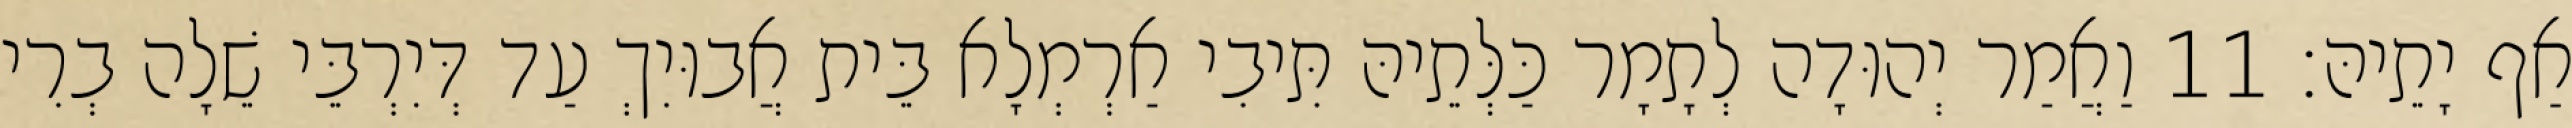
אַף יָתֵיהּ׃ 11 וַאֲמַר יְהוּדָה לְתָמָר כַּלְּתֵיהּ תִּיבִי אַרְמְלָא בֵּית אֲבוּיִךְ עַד דְּיִרְבֵּי שֵׁלָה בְרִי